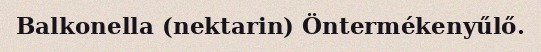
Balkonella (nektarin) Öntermékenyűlő.